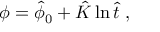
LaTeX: \phi = \hat { \phi } _ { 0 } + \hat { K } \ln \hat { t } \ ,